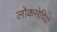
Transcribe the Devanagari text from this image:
लोकसेवियों